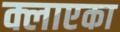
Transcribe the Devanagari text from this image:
क्लाएका